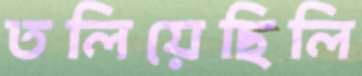
তলিয়েছিলি